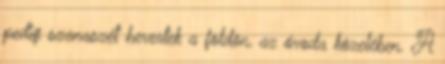
pedig szanaszét hevertek a földön, az óvoda közelében. A